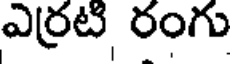
ఎర్రటి, రంగు